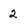
Character: 2